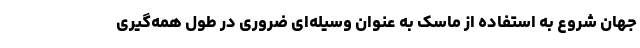
جهان شروع به استفاده از ماسک به عنوان وسیله‌ای ضروری در طول همه‌گیری